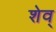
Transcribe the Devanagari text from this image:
शेव्